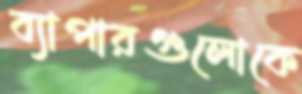
ব্যাপারগুলোকে